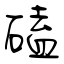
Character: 磕